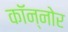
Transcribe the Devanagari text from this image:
कॉन्नोर